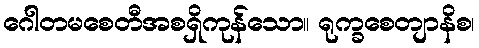
ဂေါတမစေတီအစရှိကုန်သော။ ရုက္ခစေတျာနိစ၊